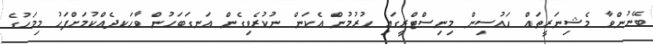
ބޭނުންވާ މެޝިނަރީތައް ހައުސިން މިނިސްޓްރީގައި ހުރުމުން އެކަން ނުކުރެވިގެން އަނގަބަހުން ވާހަކދެއްކުމަށްފަހު މިމަހުގެ